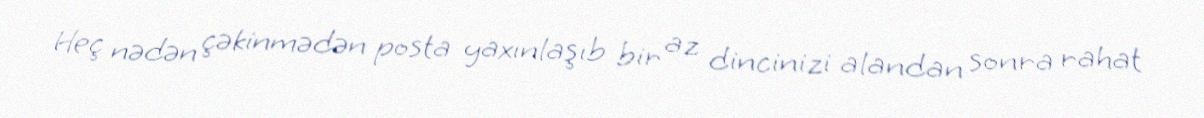
Heç nədən çəkinmədən posta yaxınlaşıb bir az dincinizi alandan sonra rahat